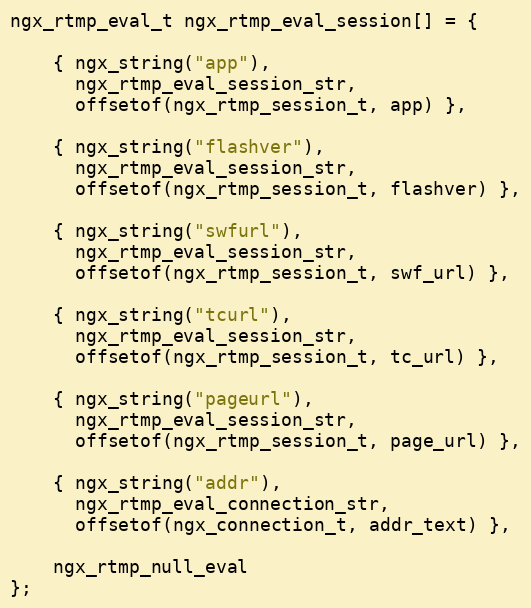
Language: C
ngx_rtmp_eval_t ngx_rtmp_eval_session[] = {

    { ngx_string("app"),
      ngx_rtmp_eval_session_str,
      offsetof(ngx_rtmp_session_t, app) },

    { ngx_string("flashver"),
      ngx_rtmp_eval_session_str,
      offsetof(ngx_rtmp_session_t, flashver) },

    { ngx_string("swfurl"),
      ngx_rtmp_eval_session_str,
      offsetof(ngx_rtmp_session_t, swf_url) },

    { ngx_string("tcurl"),
      ngx_rtmp_eval_session_str,
      offsetof(ngx_rtmp_session_t, tc_url) },

    { ngx_string("pageurl"),
      ngx_rtmp_eval_session_str,
      offsetof(ngx_rtmp_session_t, page_url) },

    { ngx_string("addr"),
      ngx_rtmp_eval_connection_str,
      offsetof(ngx_connection_t, addr_text) },

    ngx_rtmp_null_eval
};